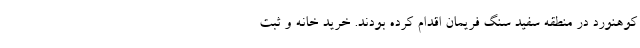
کوهنورد در منطقه سفید سنگ فریمان اقدام کرده بودند. خرید خانه و ثبت